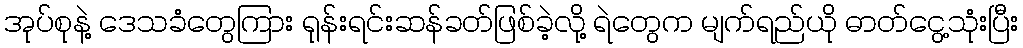
အုပ်စုနဲ့ ဒေသခံတွေကြား ရုန်းရင်းဆန်ခတ်ဖြစ်ခဲ့လို့ ရဲတွေက မျက်ရည်ယို ဓာတ်ငွေ့သုံးပြီး